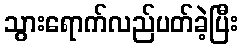
သွားရောက်လည်ပတ်ခဲ့ပြီး